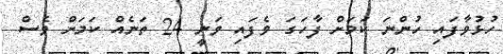
ހުޅުވާފައި ހުންނަ ކަމަށް ފާހަގަ ވެފައި ވަނީ 24 ތަނެއް ކަމަށް ވެސް